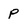
Character: P